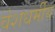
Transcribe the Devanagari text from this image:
वंशधर्मीय